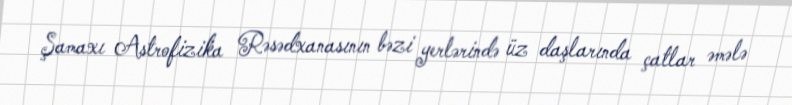
Şamaxı Astrofizika Rəsədxanasının bəzi yerlərində üz daşlarında çatlar əmələ